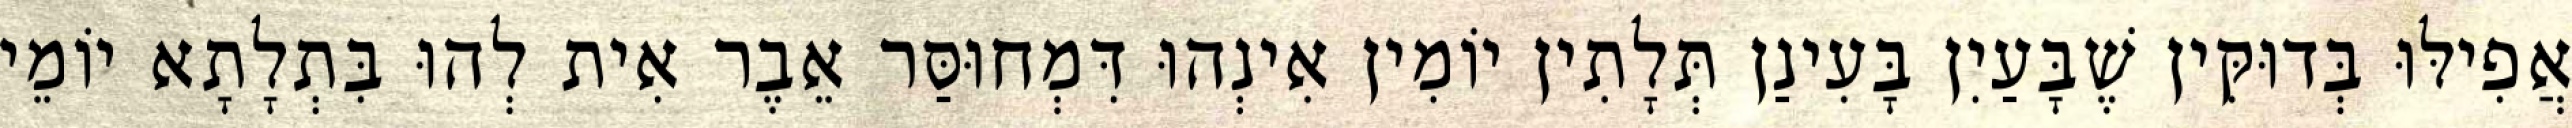
אֲפִילּוּ בְּדוּקִּין שֶׁבָּעַיִן בָּעִינַן תְּלָתִין יוֹמִין אִינְהוּ דִּמְחוּסַּר אֵבֶר אִית לְהוּ בִּתְלָתָא יוֹמֵי